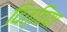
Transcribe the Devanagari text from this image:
दित्विया